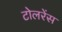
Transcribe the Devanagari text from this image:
टोलरेंस